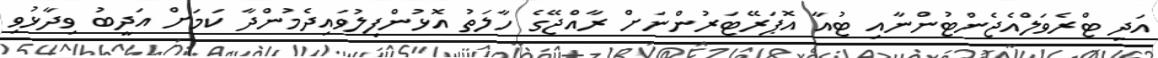
އަދި ޓްރެވަލްއެޖެންޓުންނާއި ޓުއާ އޮޕަރޭޓަރުންނަށް ރާއްޖޭގެ ހާލަތު އޮޅުންފިލުވައިދެމުންދާ ކަމަށް އަދީބު ވިދާޅުވި